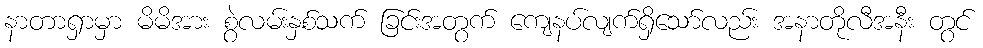
နာတာရှာမှာ မိမိအား စွဲလမ်းနှစ်သက် ခြင်းအတွက် ကျေနပ်လျက်ရှိသော်လည်း အနာတိုလီအနီး တွင်